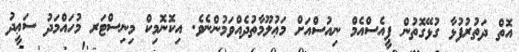
އޮތް ދަތުރުފުޅާ ގުޅޭގޮތުން ޕީއެސްއެމް ނިއުސްއަށް މަޢުލޫމާތުދެއްވަމުންނެވެ. އިކޮނޮމިކް މިނިސްޓަރ މުހައްމަދު ސަޢީދު